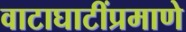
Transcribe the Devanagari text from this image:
वाटाघाटींप्रमाणे